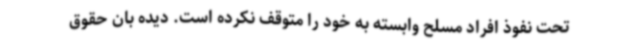
تحت نفوذ افراد مسلح وابسته به خود را متوقف نکرده است. دیده بان حقوق